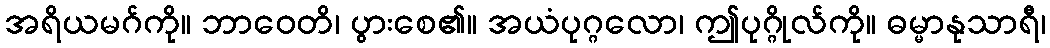
အရိယမဂ်ကို။ ဘာဝေတိ၊ ပွားစေ၏။ အယံပုဂ္ဂလော၊ ဤပုဂ္ဂိုလ်ကို။ ဓမ္မာနုသာရီ၊